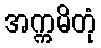
အက္ကမိတုံ